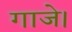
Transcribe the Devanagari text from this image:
गाजे।